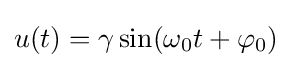
u(t)=\gamma \sin(\omega _{0}t+\varphi _{0})